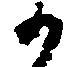
か